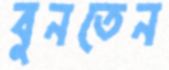
বুনতেন